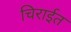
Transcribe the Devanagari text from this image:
चिराईत